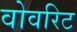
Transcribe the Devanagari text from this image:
वोवरिट